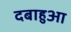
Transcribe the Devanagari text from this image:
दबाहुआ